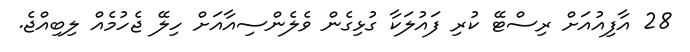
28 އާފިއުއަށް ރިސްޓޭ ކުރި ފައުލަކާ ގުޅިގެން ވެލެންސިއާއަށް ހިލޭ ޖެހުމެއް ލިބިއްޖެ.